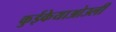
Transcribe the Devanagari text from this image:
कुईकेयाओउली